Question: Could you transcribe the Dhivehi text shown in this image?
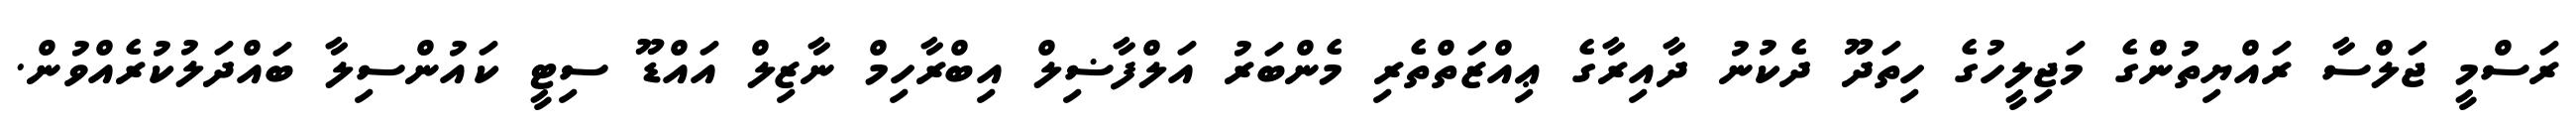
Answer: ރަސްމީ ޖަލްސާ ރައްޔިތުންގެ މަޖިލީހުގެ ހިތަދޫ ދެކުނު ދާއިރާގެ ޢިއްޒަތްތެރި މެންބަރު އަލްފާޟިލް އިބްރާހިމް ނާޒިލް އައްޑޫ ސިޓީ ކައުންސިލާ ބައްދަލުކުރެއްވުން.